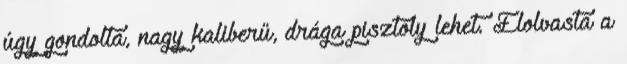
úgy gondolta, nagy kaliberű, drága pisztoly lehet. Elolvasta a